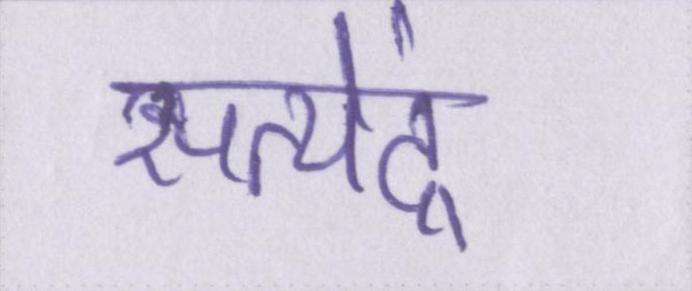
सत्येंद्र